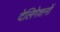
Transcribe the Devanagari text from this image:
देलिगेशनों